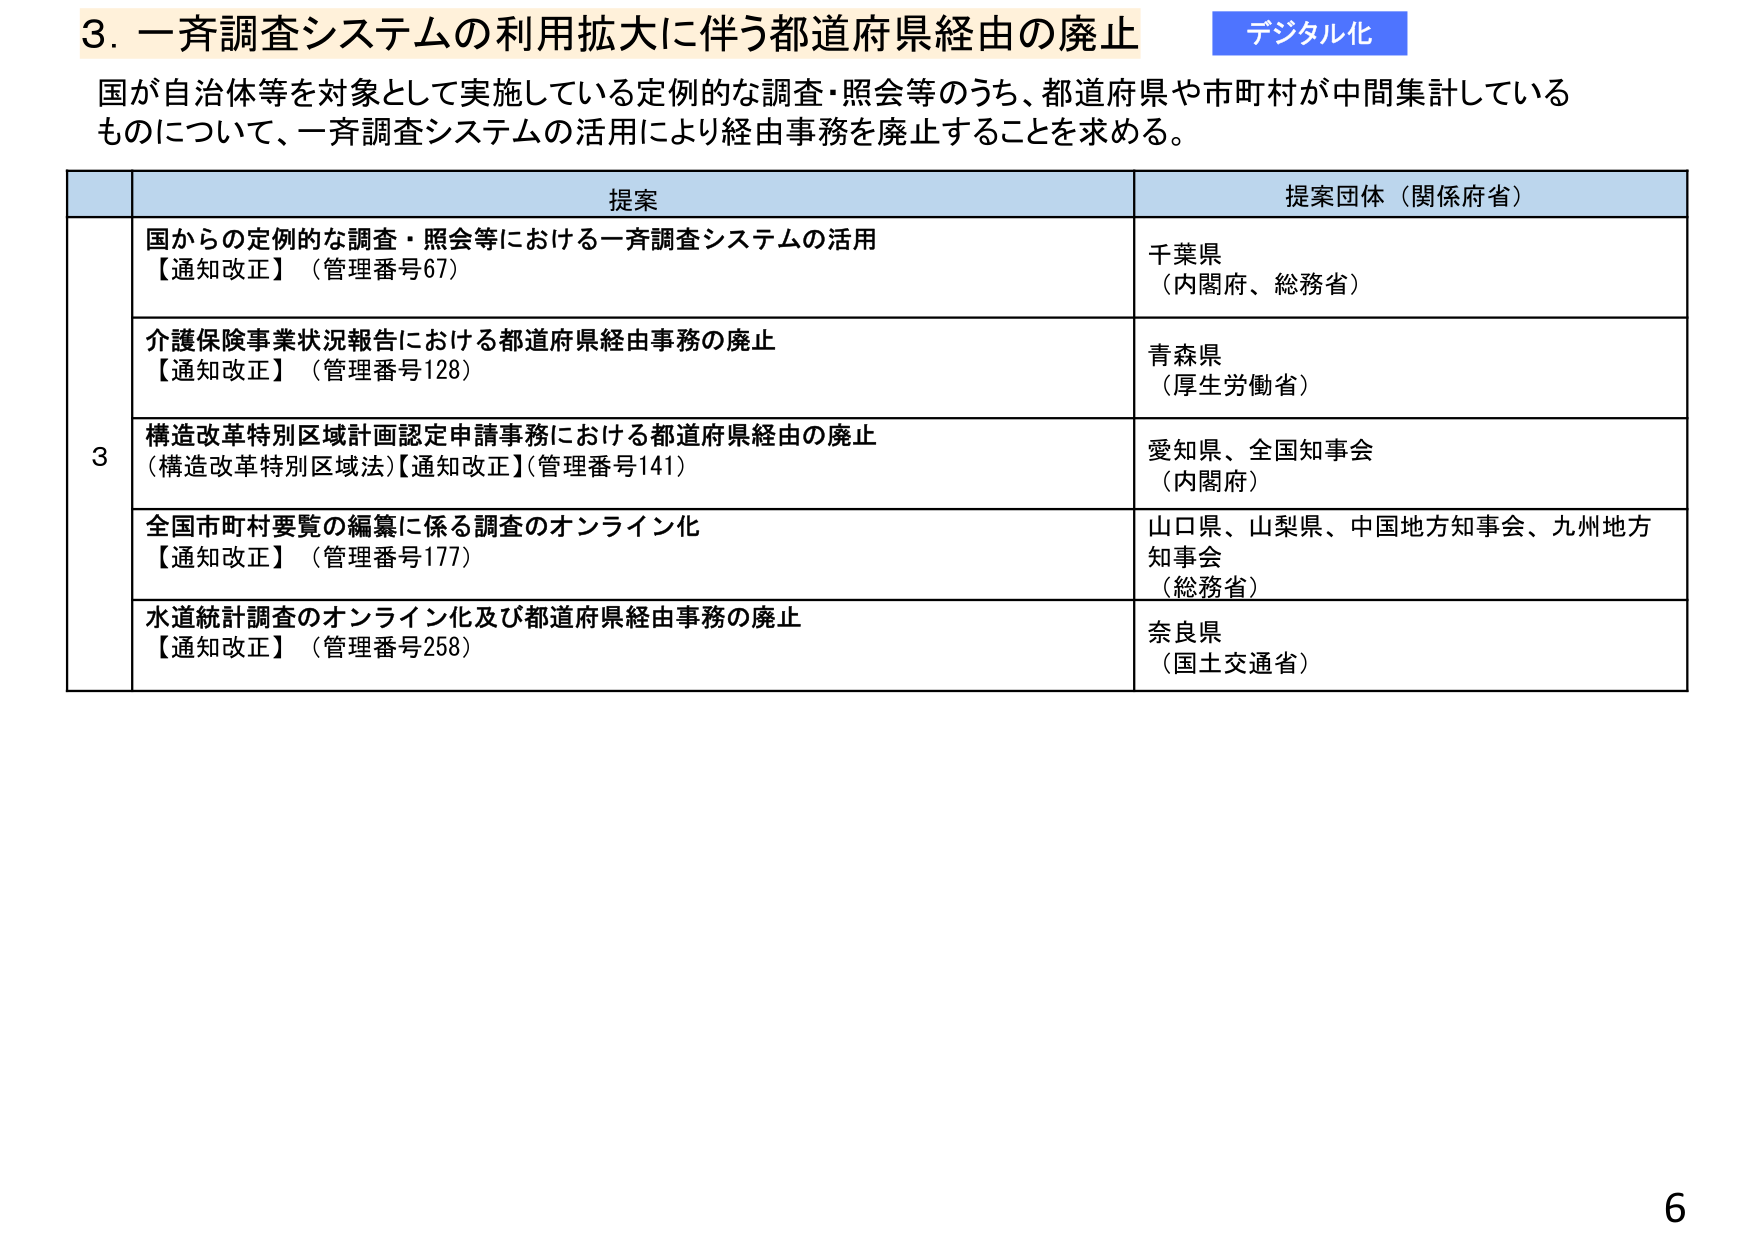
3. 一斉調査システムの利用拡大に伴う都道府県経由の廃止
デジタル化

国が自治体等を対象として実施している定例的な調査・照会等のうち、都道府県や市町村が中間集計しているものについて、一斉調査システムの活用により経由事務を廃止することを求める。

| | 提案 | 提案団体（関係府省） |
|---|---|---|
| 3 | 国からの定例的な調査・照会等における一斉調査システムの活用<br>【通知改正】（管理番号67） | 千葉県<br>（内閣府、総務省） |
| | 介護保険事業状況報告における都道府県経由事務の廃止<br>【通知改正】（管理番号128） | 青森県<br>（厚生労働省） |
| | 構造改革特別区域計画認定申請事務における都道府県経由の廃止<br>（構造改革特別区域法）【通知改正】（管理番号141） | 愛知県、全国知事会<br>（内閣府） |
| | 全国市町村要覧の編纂に係る調査のオンライン化<br>【通知改正】（管理番号177） | 山口県、山梨県、中国地方知事会、九州地方知事会<br>（総務省） |
| | 水道統計調査のオンライン化及び都道府県経由事務の廃止<br>【通知改正】（管理番号258） | 奈良県<br>（国土交通省） |

6